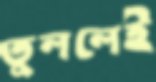
তুললেই